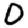
Digit: 0